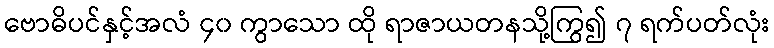
ဗောဓိပင်နှင့်အလံ ၄၀ ကွာသော ထို ရာဇာယတနသို့ကြွ၍ ၇ ရက်ပတ်လုံး